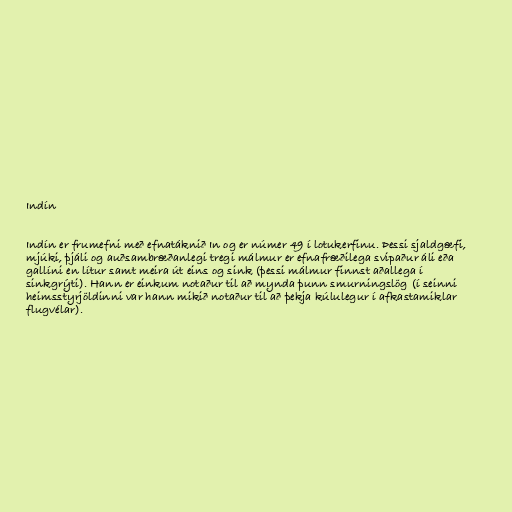
Indín

Indín er frumefni með efnatáknið In og er númer 49 í lotukerfinu. Þessi sjaldgæfi,
mjúki, þjáli og auðsambræðanlegi tregi málmur er efnafræðilega svipaður áli eða
gallíni en lítur samt meira út eins og sink (þessi málmur finnst aðallega í
sinkgrýti). Hann er einkum notaður til að mynda þunn smurningslög (í seinni
heimsstyrjöldinni var hann mikið notaður til að þekja kúlulegur í afkastamiklar
flugvélar).